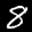
Label: 8